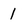
Character: 1